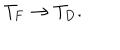
LaTeX: T _ { \mathrm { F } } \rightarrow T _ { \mathrm { D } } .